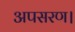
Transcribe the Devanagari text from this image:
अपसरण।